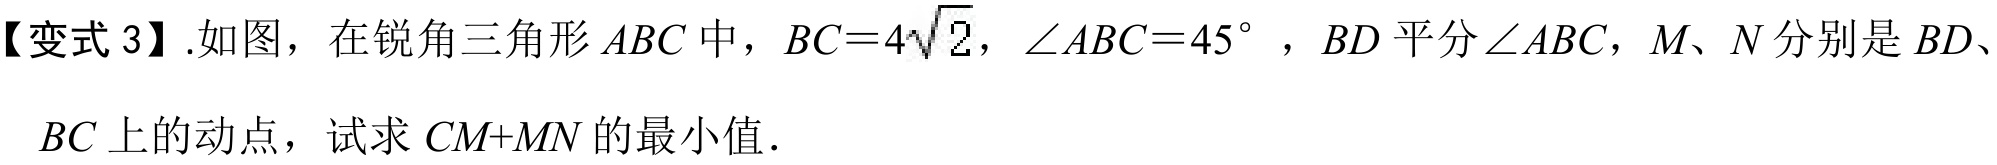
【变式 3】.如图，在锐角三角形$ABC$中，$BC = 4\sqrt{2}$，$\angle ABC = 45^{\circ}$，$BD$平分$\angle ABC$，$M、N$分别是$BD$、$BC$上的动点，试求$CM + MN$的最小值．